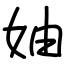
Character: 妯